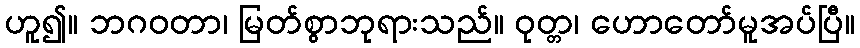
ဟူ၍။ ဘဂဝတာ၊ မြတ်စွာဘုရားသည်။ ဝုတ္တ၊ ဟောတော်မူအပ်ပြီ။